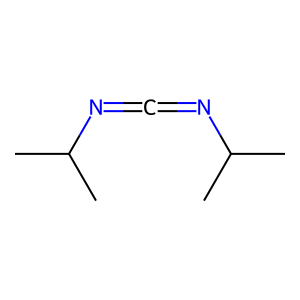
SMILES: CC(C)N=C=NC(C)C
Inhibits HIV replication: No